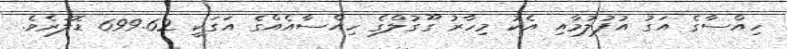
ހިއްސާގެ އަގު އުފުލުމާއި އެކު މިހާރު ގޫގުލްގެ ހިއްސާއެއްގެ އަގަކީ 699.62 ޑޮލަރެވެ.